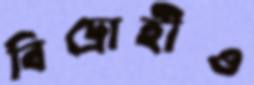
বিদ্রোহীও